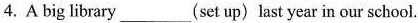
4. A big library___ (set up) last year in our school.